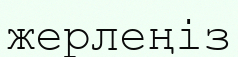
жерлеңіз